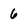
Character: 6